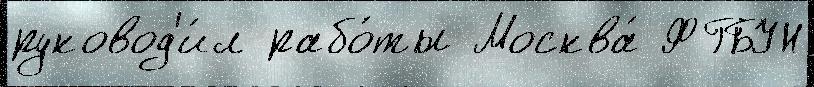
руковод'и́л рабо́ты Москва́ ФГБУН